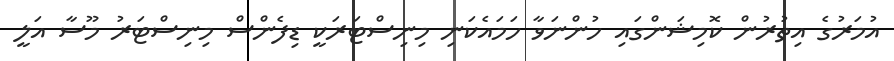
އުމަރުގެ އިތުރުން ކޮމިޝަންގައި ހުންނަވާ ހަމައެކަނި މިނިސްޓަރަކީ ޑިފެންސް މިނިސްޓަރު މޫސާ އަލީ